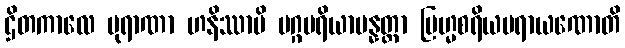
ဌိတကာလေ ပုရာဏာ ဟနိဿာမိ မဂ္ဂပရိယာပန္နတ္တာ ဗြဟ္မစရိယပရာယဏောတိ